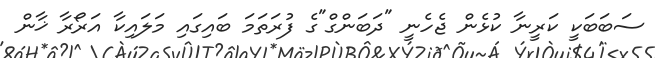
ސަބަބަކީ ކަރީނާ ކުޅެން ޖެހެނީ "ދަބަންގް"ގެ ފުރަތަމަ ބައިގައި މަލައިކާ އަރޯރާ ޚާން